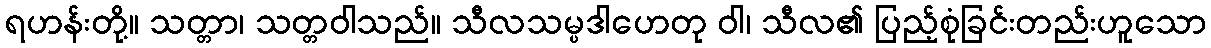
ရဟန်းတို့။ သတ္တာ၊ သတ္တဝါသည်။ သီလသမ္ပဒါဟေတု ဝါ၊ သီလ၏ ပြည့်စုံခြင်းတည်းဟူသော